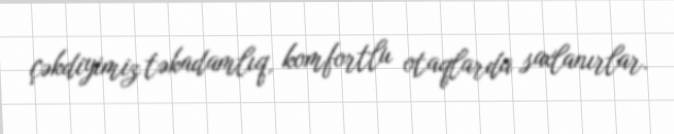
çəkdiyimiz təkadamlıq, komfortlu otaqlarda saxlanırlar.